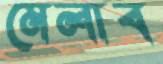
মেলাব